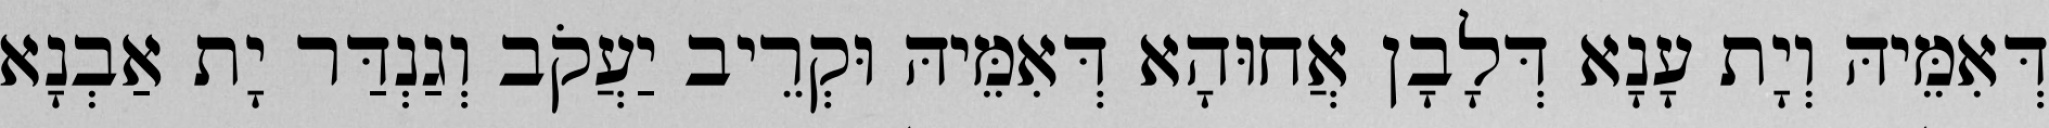
דְּאִמֵּיהּ וְיָת עָנָא דְּלָבָן אֲחוּהָא דְּאִמֵּיהּ וּקְרֵיב יַעֲקֹב וְגַנְדַּר יָת אַבְנָא